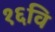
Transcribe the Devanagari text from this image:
१६वि